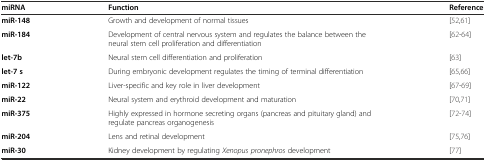
| miRNA | Function | Reference |
 | --- | --- | --- |
 | miR-148 | Growth and development of normal tissues | [52, 61] |
 | miR-184 | Development of central nervous system and regulates the balance between the neural stem cell proliferation and differentiation | [62–64] |
 | let-7b | Neural stem cell differentiation and proliferation | [63] |
 | let-7 s | During embryonic development regulates the timing of terminal differentiation | [65, 66] |
 | miR-122 | Liver-specific and key role in liver development | [67–69] |
 | miR-22 | Neural system and erythroid development and maturation | [70, 71] |
 | miR-375 | Highly expressed in hormone secreting organs (pancreas and pituitary gland) and regulate pancreas organogenesis | [72–74] |
 | miR-204 | Lens and retinal development | [75, 76] |
 | miR-30 | Kidney development by regulating Xenopus pronephros development | [77] |